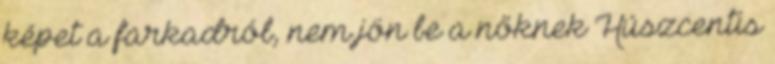
képet a farkadról, nem jön be a nőknek Húszcentis